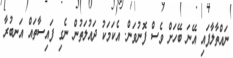
ނައްތާލާފައި އޭނަ ބޭހަށް ވެސް ފޮނުވަން. އެކަމަކު ދައުލަތުން ނެގި ފައިސާތައް އަނބުރާ